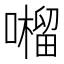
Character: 𡂆